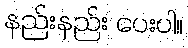
နည်းနည်း ပေးပါ။